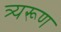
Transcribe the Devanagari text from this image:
त्र्यरूण